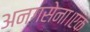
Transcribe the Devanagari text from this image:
अनगसेना।एक